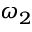
\omega _ { 2 }